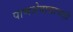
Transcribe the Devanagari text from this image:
पाणशेवाळाचाही